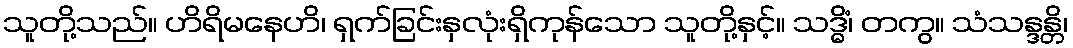
သူတို့သည်။ ဟိရိမနေဟိ၊ ရှက်ခြင်းနှလုံးရှိကုန်သော သူတို့နှင့်။ သဒ္ဓိံ၊ တကွ။ သံသန္ဒန္တိ၊